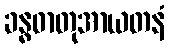
ခန္ဓဓာတုအာယတနံ